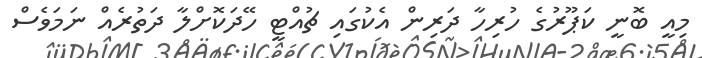
މިއީ ބޮނީ ކަޕޫރުގެ ހުރިހާ ދަރިން އެކުގައި ޗުއްޓީ ހޭދަކޮށްލާ ދަތުރެއް ނަމަވެސް